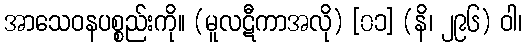
အာသေဝနပစ္စည်းကို။ (မူလဋီကာအလို) [၀၁] (နိ၊ ၂၉၆) ဝါ၊